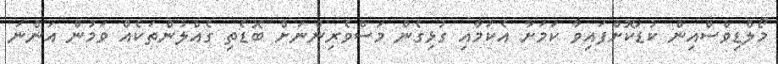
މޯލްޑިވްސްއިން ކުޑަކޮށްފައިވާ ކަމަށާ އެކަމާއި ގުޅިގެން މަސްވެރިންނަށް ބޮޑެތި ގެއްލުންތަކެއް ވަމުން އަންނަ